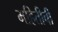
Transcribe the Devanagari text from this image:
महितीची